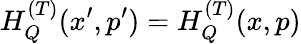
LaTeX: H_{Q}^{(T)}(x^{\prime},p^{\prime})=H_{Q}^{(T)}(x,p)